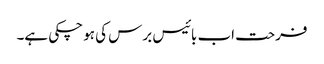
فرحت اب بائیس برس کی ہو چکی ہے۔